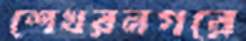
শেখরনগরে